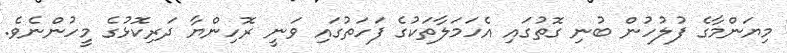
މިޔަންމާގެ ފުލުުހުން ބުނި ގޮތުގައި އެހަމަލާތަކުގެ ފަހަތުގައި ވަނީ ރޮހިންޔާ ދަރިކޮޅުގެ މީހުންނެވެ.